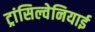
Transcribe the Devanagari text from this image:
ट्रांसिल्वेनियाई